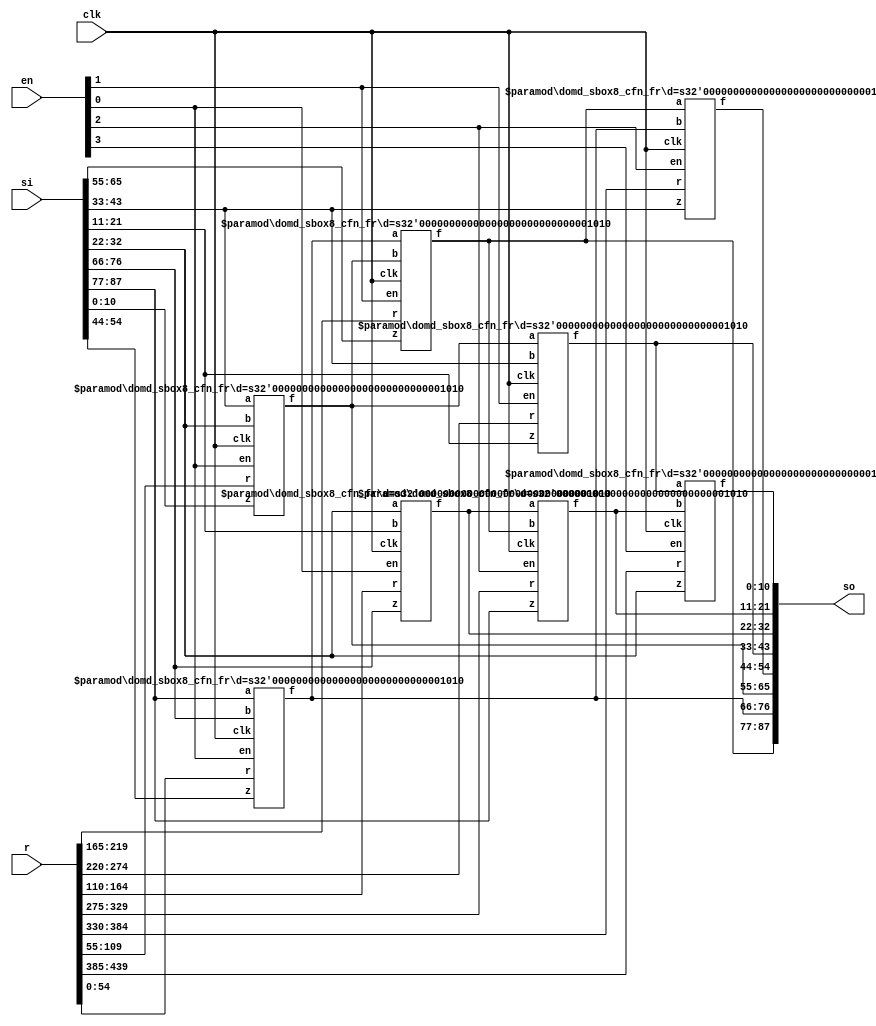
// The d+1 share DOM-Indep multiplier based sbox8
// with registered shares.
module domd_sbox8 (/*AUTOARG*/
                   // Outputs
                   so,
                   // Inputs
                   si, r, en, clk
                   ) ;
   parameter d = 10;
   
   output [8*d+7:0] so;

   input [8*d+7:0]  si;
   input [8*d*(d+1)/2-1:0] r;
   input [3:0]             en;
   input                   clk;

   wire [d:0]              bi [7:0];
   wire [d:0]              bo [7:0];
   wire [d:0]              a  [7:0];

   genvar                  i;

   generate
      for (i = 0; i < 8; i = i + 1) begin : unpack_input
         assign bi[i] = si[(d+1)*i+d:(d+1)*i];   
      end
   endgenerate

   domd_sbox8_cfn_fr #(d) b764 (a[0],bi[7],bi[6],bi[4],r[1*d*(d+1)/2-1:0*d*(d+1)/2],clk,en[0]);
   domd_sbox8_cfn_fr #(d) b320 (a[1],bi[3],bi[2],bi[0],r[2*d*(d+1)/2-1:1*d*(d+1)/2],clk,en[0]);
   domd_sbox8_cfn_fr #(d) b216 (a[2],bi[2],bi[1],bi[6],r[3*d*(d+1)/2-1:2*d*(d+1)/2],clk,en[0]);
   domd_sbox8_cfn_fr #(d) b015 (a[3],a [0],a [1],bi[5],r[4*d*(d+1)/2-1:3*d*(d+1)/2],clk,en[1]);
   domd_sbox8_cfn_fr #(d) b131 (a[4],a [1],bi[3],bi[1],r[5*d*(d+1)/2-1:4*d*(d+1)/2],clk,en[1]);
   domd_sbox8_cfn_fr #(d) b237 (a[5],a [2],a [3],bi[7],r[6*d*(d+1)/2-1:5*d*(d+1)/2],clk,en[2]);
   domd_sbox8_cfn_fr #(d) b303 (a[6],a [3],a [0],bi[3],r[7*d*(d+1)/2-1:6*d*(d+1)/2],clk,en[2]);
   domd_sbox8_cfn_fr #(d) b422 (a[7],a [4],a [5],bi[2],r[8*d*(d+1)/2-1:7*d*(d+1)/2],clk,en[3]);

   assign bo[6] = a[0];
   assign bo[5] = a[1];
   assign bo[2] = a[2];
   assign bo[7] = a[3];
   assign bo[3] = a[4];
   assign bo[1] = a[5];
   assign bo[4] = a[6];
   assign bo[0] = a[7];

   assign so = {bo[7],bo[6],bo[5],bo[4],bo[3],bo[2],bo[1],bo[0]};   
   
endmodule // domd_sbox8


// The core registered function of the skinny sbox8.
// fr: fully registered, all and operations are
// registered.
// cfn: core function
// The core function is basically (x nor y) xor z
// We use de morgan's law to convert it to:
// ((~x) and (~y)) xor z and use the DOM-Indep
// multiplier for the and gate. We add the shares of
// z to the independent and gates and register the
// output of (a and b) xor c, while for the mixed
// shares we also use (a and b) xor c, but c is the
// fresh randomness.
// d is the protection order, where each value has
// (d+1) shares.
module domd_sbox8_cfn_fr (/*AUTOARG*/
                          // Outputs
                          f,
                          // Inputs
                          a, b, z, r, clk, en
                          ) ;
   parameter d = 10;
   
   output [d:0]          f;
   input [d:0]           a, b, z;
   input [d*(d+1)/2-1:0] r;   
   input                 clk, en;

   genvar                i,j;   

   reg [d:0]             g [d:0];
   wire [d:0]            x,y;

   assign x = {a[d:1],~a[0]};
   assign y = {b[d:1],~b[0]};

   generate
      for (i = 0; i <= d; i = i + 1) begin : nl_shares_matrix_out
         for (j = 0; j <= d; j = j + 1) begin : nl_shares_matrix_in
            always @ (posedge clk) begin
               if (en) begin
                  if (i == j) begin
                     g[i][j] <= (x[i] & y[j]) ^ z[i];
                  end
                  else if (j > i) begin
                     g[i][j] <= (x[i] & y[i]) ^ r[i+j*(j-1)/2];
                  end
                  else begin
                     g[i][j] <= (x[i] & y[i]) ^ r[j+i*(i-1)/2];
                  end
               end      
            end // always @ (posedge clk)
         end // for (j = 0; j <= d; j = j + 1)   
      end // for (i = 0; i <= d; i = i + 1)      
   endgenerate

   generate
      for (i = 0; i <= d; i = i + 1) begin : integration
         assign f[i] = ^g[i];    
      end
   endgenerate
   
endmodule // domd_sbox8_cfn_fr